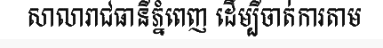
សាលារាជធានីភ្នំពេញ ដើម្បីចាត់ការតាម